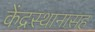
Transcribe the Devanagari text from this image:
केंद्रस्थानासह